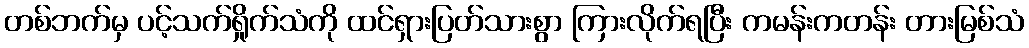
တစ်ဘက်မှ ပင့်သက်ရှိုက်သံကို ထင်ရှားပြတ်သားစွာ ကြားလိုက်ရပြီး ကမန်းကတန်း တားမြစ်သံ